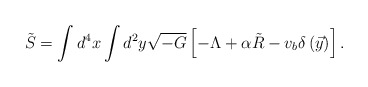
\begin{align*}\tilde{S} = \int d^4x\int d^2y \sqrt{-G} \left[ -\Lambda + \alpha\tilde{R} - v_b\delta\left(\vec{y}\right)\right].\end{align*}